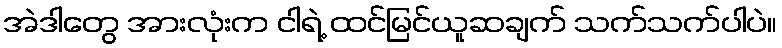
အဲဒါတွေ အားလုံးက ငါရဲ့ ထင်မြင်ယူဆချက် သက်သက်ပါပဲ။